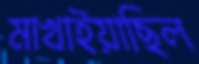
মাখাইয়াছিল